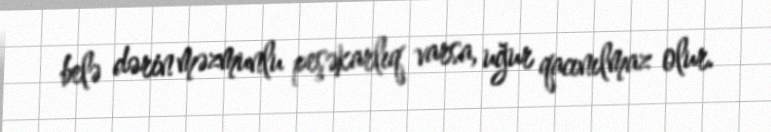
belə dərin məzmunlu peşəkarlıq varsa, uğur qacınılmaz olur.